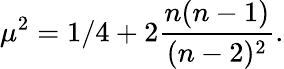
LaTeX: \mu^{2}=1/4+2{\frac{n(n-1)}{(n-2)^{2}}}.